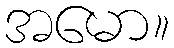
အမော။